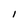
Character: I